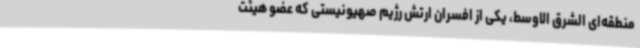
منطقه‌ای الشرق الاوسط، یکی از افسران ارتش رژیم صهیونیستی که عضو هیئت